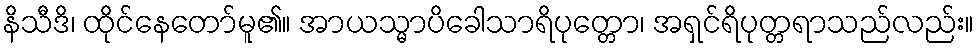
နိသီဒိ၊ ထိုင်နေတော်မူ၏။ အာယသ္မာပိခေါသာရိပုတ္တော၊ အရှင်ရိပုတ္တရာသည်လည်း။